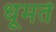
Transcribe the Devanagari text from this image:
धूमते